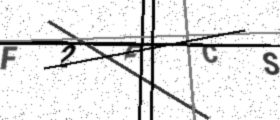
Text: F2FCS